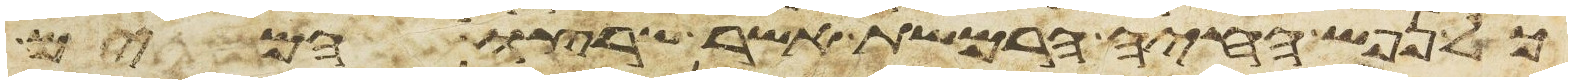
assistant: כל נפש החיה הרמשת אשר שרצו המים